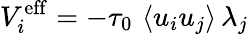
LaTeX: V_{i}^{\mathrm{eff}}=-\tau_{0}\, \left\langle u_{i}u_{j}\right\rangle\, \lambda_{j}